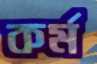
কর্ম